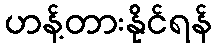
ဟန့်တားနိုင်ရန်